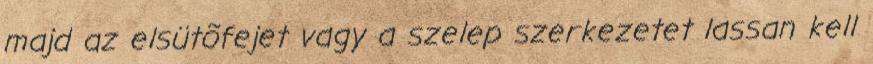
majd az elsütõfejet vagy a szelep szerkezetet lassan kell